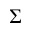
\Sigma